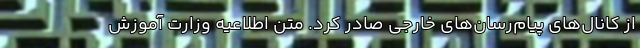
از کانال‌های پیام‌رسان‌های خارجی صادر کرد. متن اطلاعیه وزارت آموزش